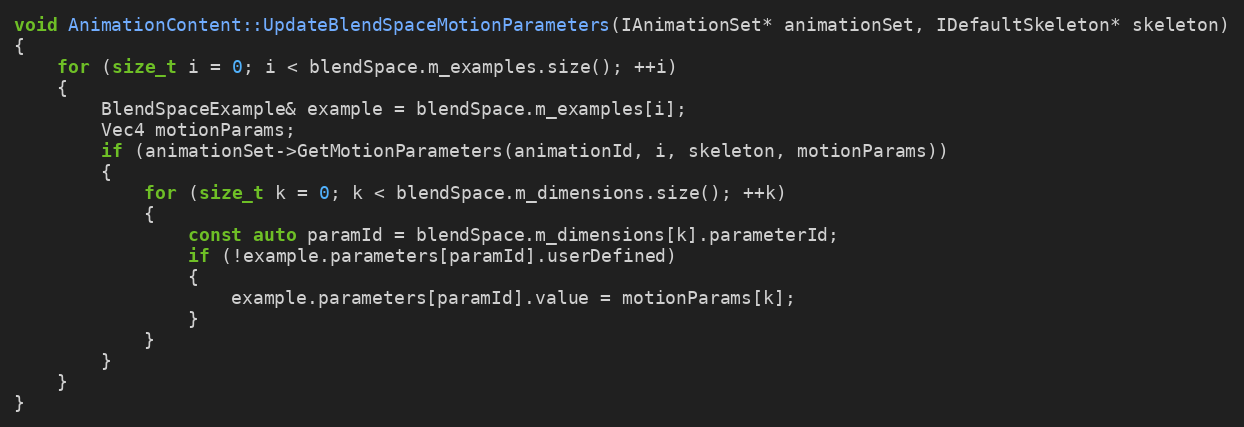
Language: C++
void AnimationContent::UpdateBlendSpaceMotionParameters(IAnimationSet* animationSet, IDefaultSkeleton* skeleton)
{
	for (size_t i = 0; i < blendSpace.m_examples.size(); ++i)
	{
		BlendSpaceExample& example = blendSpace.m_examples[i];
		Vec4 motionParams;
		if (animationSet->GetMotionParameters(animationId, i, skeleton, motionParams))
		{
			for (size_t k = 0; k < blendSpace.m_dimensions.size(); ++k)
			{
				const auto paramId = blendSpace.m_dimensions[k].parameterId;
				if (!example.parameters[paramId].userDefined)
				{
					example.parameters[paramId].value = motionParams[k];
				}
			}
		}
	}
}